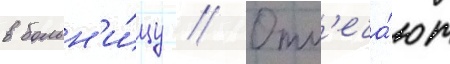
в больн'и́цу // Отм'еча́ют